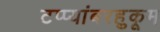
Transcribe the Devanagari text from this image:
टप्प्यांबरहुकूम